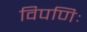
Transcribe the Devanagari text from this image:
विपणिः